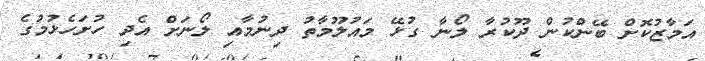
އަމާޒުކޮށް ބޭންކުން ދޫކުރާ ލޯނާ ގުޅޭ މައުލޫމާތު ދިނުމާއި ލޯނަށް އެދި ހުށަހެޅުމުގެ